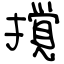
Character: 撹